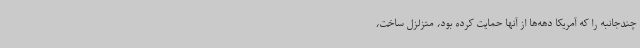
چندجانبه را که آمریکا دهه‌ها از آنها حمایت کرده بود، متزلزل ساخت،